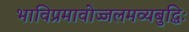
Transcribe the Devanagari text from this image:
भाविप्रमावोज्जलमव्यबुद्धिः